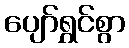
ပျော်ရွှင်စွာ